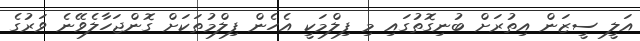
އަލީ ސީޒަން އިތުރަށް ބުނިގޮތުގައި މި ފިލްމަކީ އެހެން ފިލްމުތަކަށް ގޮންޖަހާލެވޭނެ ވަރުގެ